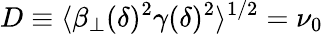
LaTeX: D\equiv\langle\beta_{\perp}(\delta)^{2}\gamma(\delta)^{2}\rangle^{1/2}=\nu_{0}